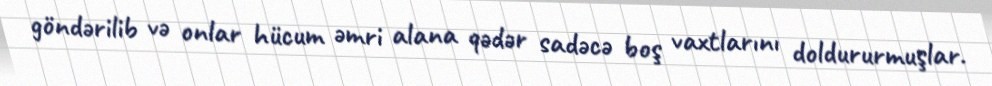
göndərilib və onlar hücum əmri alana qədər sadəcə boş vaxtlarını doldururmuşlar.